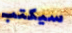
سيكتب